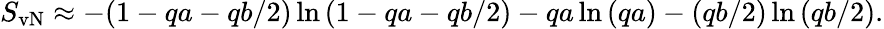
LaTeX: S_{\mathrm{vN}}\approx-(1-qa-qb/2)\ln{(1-qa-qb/2)}-qa\ln{(qa)}-(qb/2)\ln{(qb/2)}.